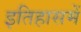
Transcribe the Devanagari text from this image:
इतिहासमें